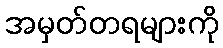
အမှတ်တရများကို